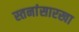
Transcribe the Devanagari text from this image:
स्तनांसारखा